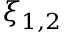
\xi _ { 1 , 2 }